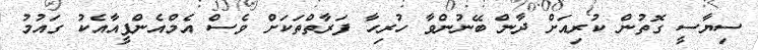
ސިޔާސީ ގޮތުން ކުރިއަށް ދާން ބޭނުންވާ ހުރިހާ ފަރާތްތަކަށް ވެސް އެމްއެންޕީއާއެކު ގައުމު